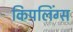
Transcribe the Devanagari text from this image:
किपलिंग्स